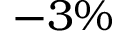
- 3 \%